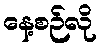
နေ့စဉ်လို